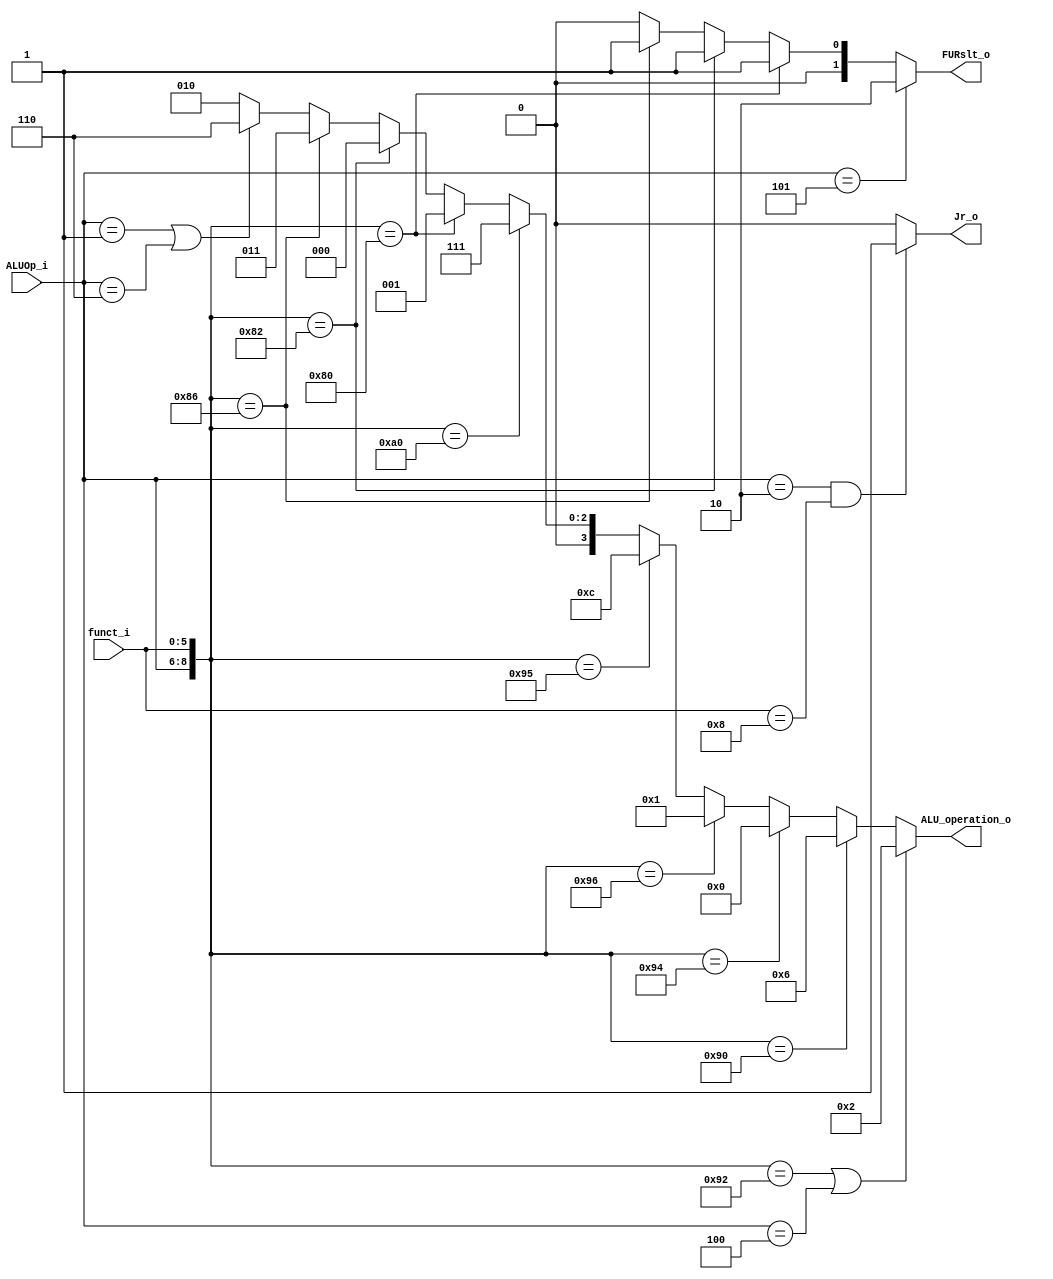
module ALU_Ctrl( funct_i, ALUOp_i, ALU_operation_o, FURslt_o,Jr_o);

//I/O ports 
input      [6-1:0] funct_i;
input      [3-1:0] ALUOp_i;

output     [4-1:0] ALU_operation_o;  
output     [2-1:0] FURslt_o;
output		Jr_o;       
//Internal Signals
wire		[4-1:0] ALU_operation_o;
wire		[2-1:0] FURslt_o;
wire		Jr_o;

//Main function


assign	FURslt_o = 			(ALUOp_i == 3'b101) ? 2:		//lui
					({ALUOp_i,funct_i} == 9'b010_000000) ? 1://sll
					({ALUOp_i,funct_i} == 9'b010_000010) ? 1://srl
					({ALUOp_i,funct_i} == 9'b010_000110) ? 1://sllv
					({ALUOp_i,funct_i} == 9'b010_000110) ? 1://srlv
					0;//lui

assign	ALU_operation_o = ({ALUOp_i,funct_i} == 9'b010_010010 || ALUOp_i == 3'b100) ? 4'b0010://add
				({ALUOp_i,funct_i} == 9'b010_010000) ? 4'b0110://sub
				({ALUOp_i,funct_i} == 9'b010_010100) ? 4'b0000://and
				({ALUOp_i,funct_i} == 9'b010_010110) ? 4'b0001://or
				({ALUOp_i,funct_i} == 9'b010_010101) ? 4'b1100://nor
				({ALUOp_i,funct_i} == 9'b010_100000) ? 4'b0111://slt
				({ALUOp_i,funct_i} == 9'b010_000000) ? 4'b0001://sll
				({ALUOp_i,funct_i} == 9'b010_000010) ? 4'b0000://srl
				({ALUOp_i,funct_i} == 9'b010_000110) ? 4'b0011://sllv
				(ALUOp_i==3'b001||ALUOp_i==3'b110)?4'b0110:	//beq bne
				(ALUOp_i == 3'b000) ? 4'b0010:			//lw sw
				4'b0010;					//srlv


assign Jr_o = (ALUOp_i==3'b010 && funct_i==6'b001000)?1:0;



endmodule